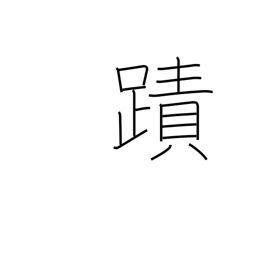
Meaning: footprint